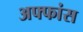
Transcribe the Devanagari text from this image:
अफ्फांस